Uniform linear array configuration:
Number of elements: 12
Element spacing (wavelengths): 0.75
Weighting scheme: uniform
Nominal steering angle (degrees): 15
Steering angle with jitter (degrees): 16.478
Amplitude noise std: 0.05
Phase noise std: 0.05

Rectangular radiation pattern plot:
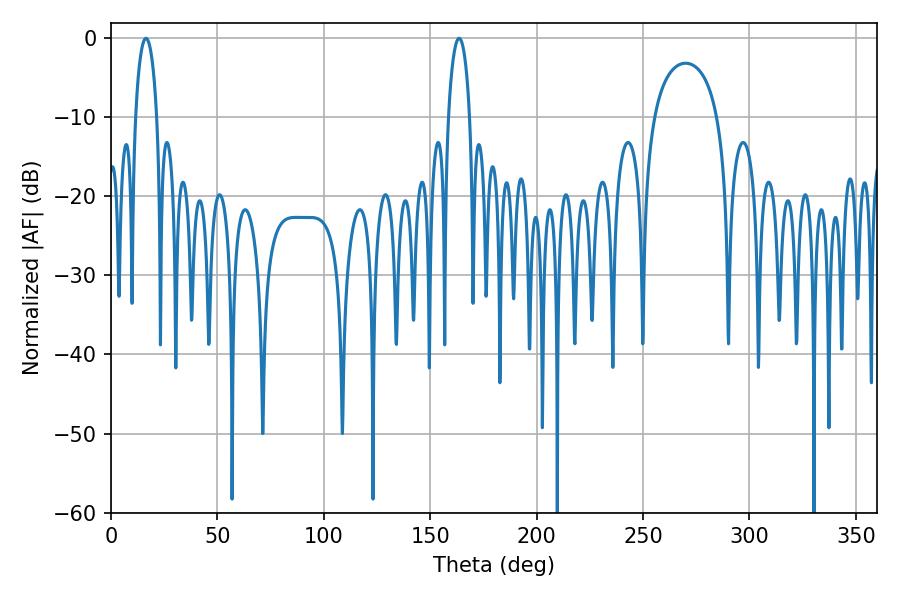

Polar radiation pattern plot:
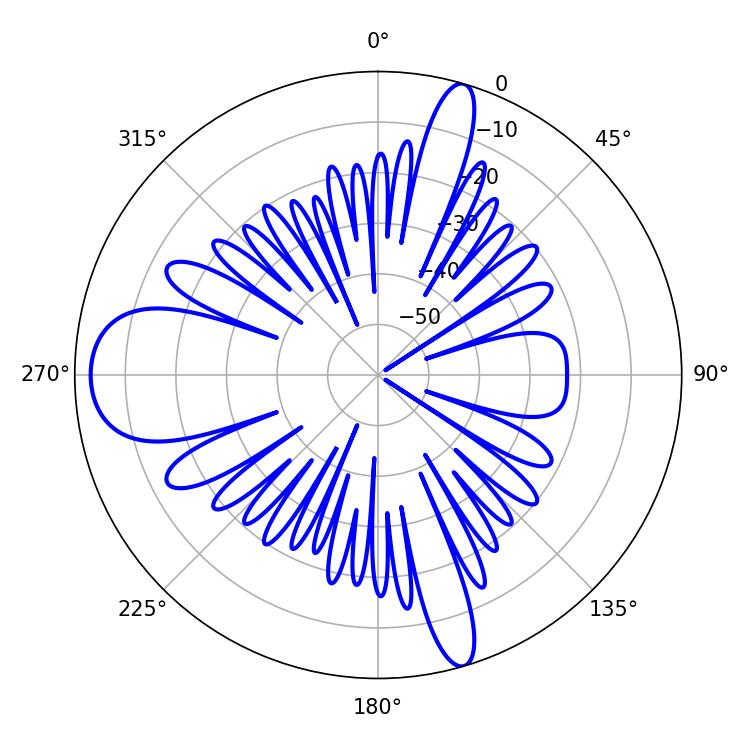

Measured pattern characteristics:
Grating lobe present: TRUE
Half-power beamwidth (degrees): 5.58
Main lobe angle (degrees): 16.38